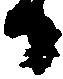
日